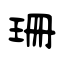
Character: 珊